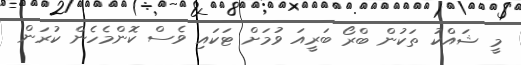
މީ ޝައްކު ތަކުން ބްރޯ ބަރީއަ ވުމަށް ޓަކައި ވެސް ކޮންމެހެން ކުރަން